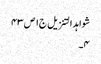
شواہد التنزیل ج١ ص ٤٣
٤۔